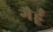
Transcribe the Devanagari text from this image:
गैहूँ